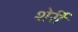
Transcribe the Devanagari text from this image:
शेर्री